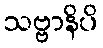
သဗ္ဗာနိပိ